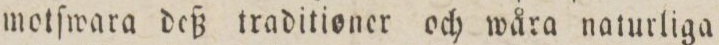
motſwara deß traditioner och wåra naturliga